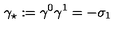
\gamma _ { \star } : = \gamma ^ { 0 } \gamma ^ { 1 } = - \sigma _ { 1 }